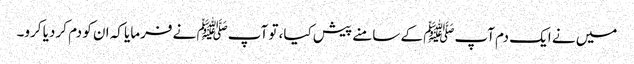
میں نے ایک دم آپﷺ کے سامنے پیش کیا، تو آپﷺ نے فرمایا کہ ان کو دم کر دیا کرو۔